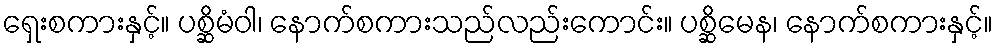
ရှေးစကားနှင့်။ ပစ္ဆိမံဝါ၊ နောက်စကားသည်လည်းကောင်း။ ပစ္ဆိမေန၊ နောက်စကားနှင့်။